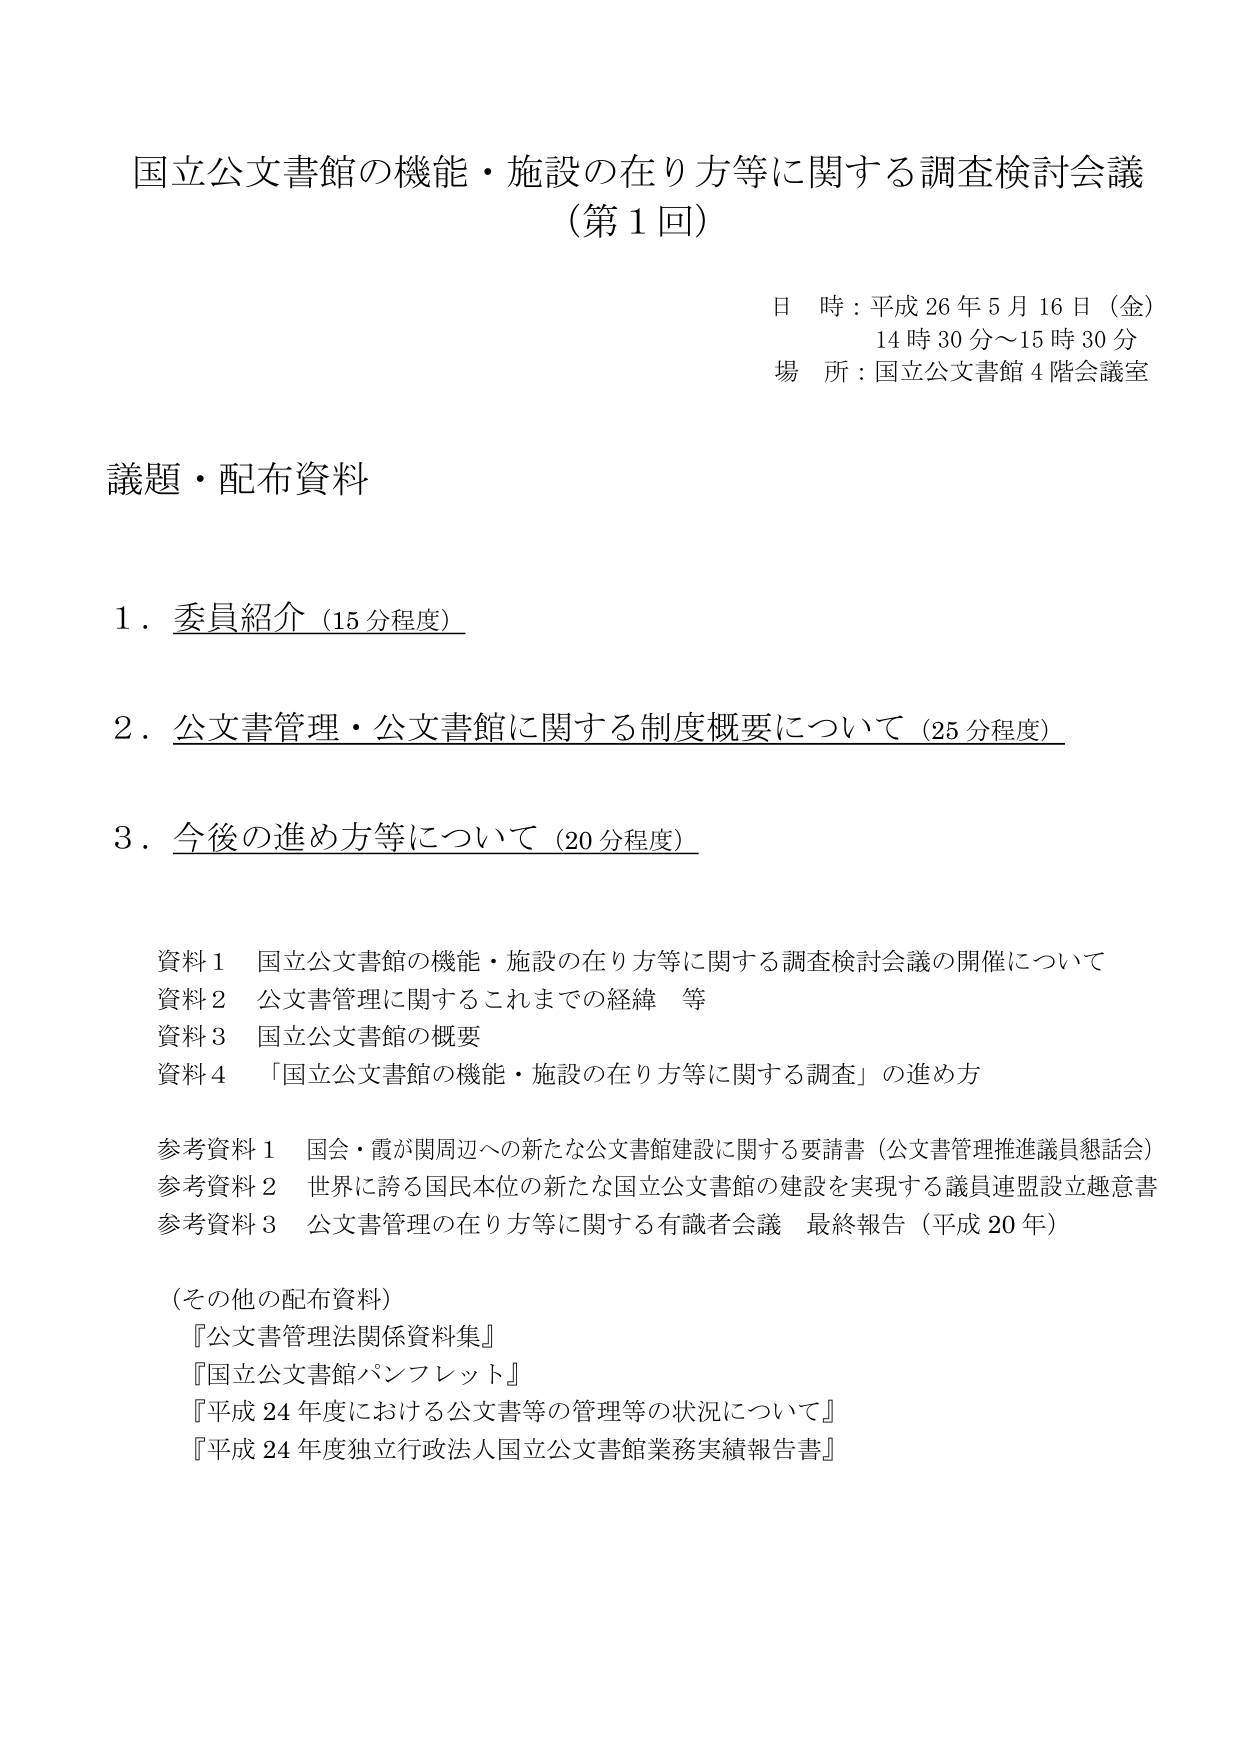
国立公文書館の機能・施設の在り方等に関する調査検討会議
（第1回）

日 時：平成26年5月16日（金）
　　　14時30分～15時30分
場 所：国立公文書館4階会議室

議題・配布資料

1．委員紹介（15分程度）

2．公文書管理・公文書館に関する制度概要について（25分程度）

3．今後の進め方等について（20分程度）

資料1　国立公文書館の機能・施設の在り方等に関する調査検討会議の開催について
資料2　公文書管理に関するこれまでの経緯　等
資料3　国立公文書館の概要
資料4　「国立公文書館の機能・施設の在り方等に関する調査」の進め方

参考資料1　国会・霞が関周辺への新たな公文書館建設に関する要請書（公文書管理推進議員懇話会）
参考資料2　世界に誇る国民本位の新たな国立公文書館の建設を実現する議員連盟設立趣意書
参考資料3　公文書管理の在り方等に関する有識者会議　最終報告（平成20年）

（その他の配布資料）
『公文書管理法関係資料集』
『国立公文書館パンフレット』
『平成24年度における公文書等の管理等の状況について』
『平成24年度独立行政法人国立公文書館業務実績報告書』